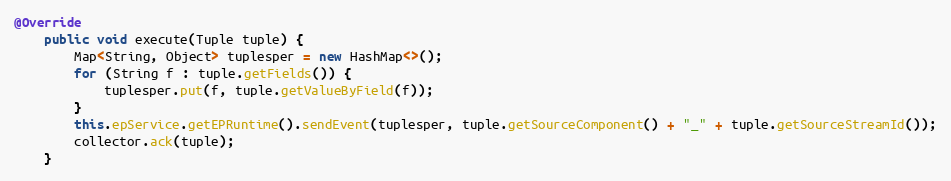
Language: Java
@Override
    public void execute(Tuple tuple) {
        Map<String, Object> tuplesper = new HashMap<>();
        for (String f : tuple.getFields()) {
            tuplesper.put(f, tuple.getValueByField(f));
        }
        this.epService.getEPRuntime().sendEvent(tuplesper, tuple.getSourceComponent() + "_" + tuple.getSourceStreamId());
        collector.ack(tuple);
    }